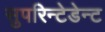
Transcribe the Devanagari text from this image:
सुपरिन्टेडेन्ट